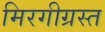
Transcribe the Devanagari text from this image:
मिरगीग्रस्त